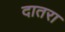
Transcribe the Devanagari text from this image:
दातरा